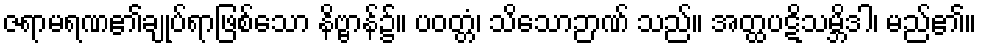
ဇရာမရဏ၏ချုပ်ရာဖြစ်သော နိဗ္ဗာန်၌။ ပဝတ္တံ၊ သိသောဉာဏ် သည်။ အတ္ထပဋိသမ္ဘိဒါ၊ မည်၏။